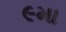
૯મા